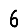
Digit: 6